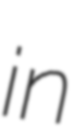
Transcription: in